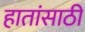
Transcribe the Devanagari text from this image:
हातांसाठी